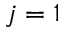
j = 1